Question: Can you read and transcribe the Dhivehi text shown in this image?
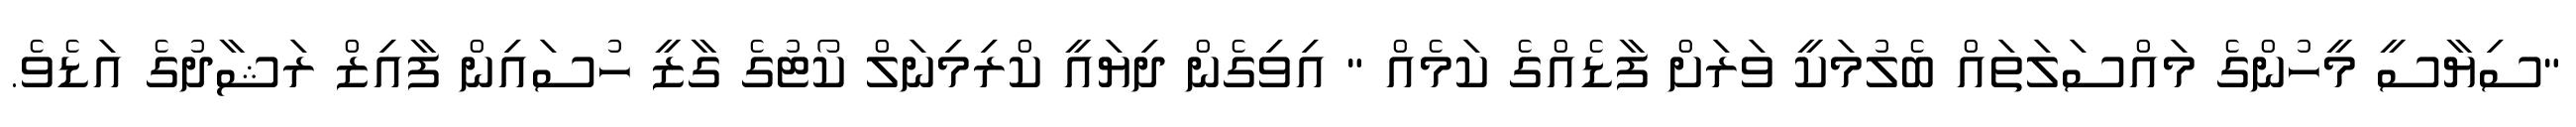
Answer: "ސިޔާސީ މީހުންގެ މައްސަލަތައް ބެލުމަކީ ވަރަށް ފާޑެއްގެ ކަމެއް " އިވިގެން ދިޔައީ ކްރިމިނަލް ކޯޓުގެ ގާޒީ ހުސައިން ފާއިޒް ރަޝާދުގެ އަޑެވެ.